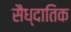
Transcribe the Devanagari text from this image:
सैध्दातिक